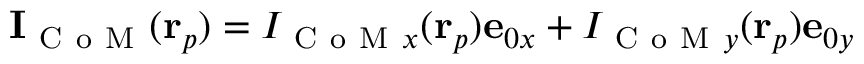
\mathbf { I } _ { \mathrm { ~ C ~ o ~ M ~ } } ( \mathbf { r } _ { p } ) = I _ { \mathrm { ~ C ~ o ~ M ~ } x } ( \mathbf { r } _ { p } ) \mathbf { e } _ { 0 x } + I _ { \mathrm { ~ C ~ o ~ M ~ } y } ( \mathbf { r } _ { p } ) \mathbf { e } _ { 0 y }